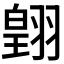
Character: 𮋋